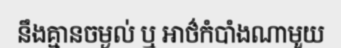
នឹងគ្មានចម្ងល់ ឬ អាថ៌កំបាំងណាមួយ